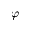
{ \varphi }